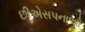
છીએસપનાઓ